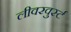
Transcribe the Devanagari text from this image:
लीवरवुर्स्ट